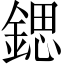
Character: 鍶